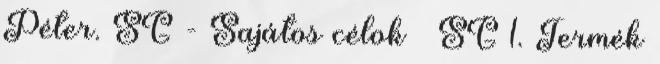
Péter. SG - Sajátos célok  SG 1. Termék